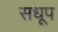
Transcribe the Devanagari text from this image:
सधूप